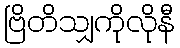
ဗြိတိသျှကိုလိုနီ